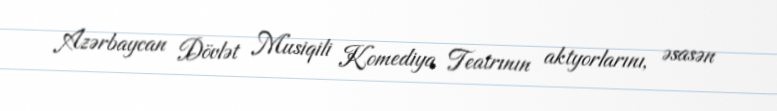
Azərbaycan Dövlət Musiqili Komediya Teatrının aktyorlarını, əsasən